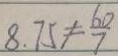
8 . 7 5 \neq \frac { 6 0 } { 7 }